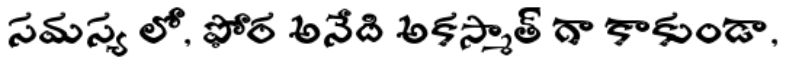
సమస్య లో, ఫోర అనేది అకస్మాత్ గా కాకుండా,